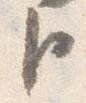
臣